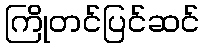
ကြိုတင်ပြင်ဆင်